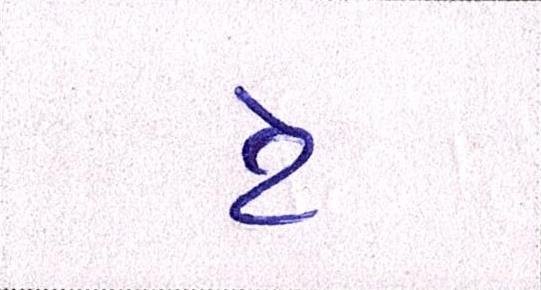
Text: ટે